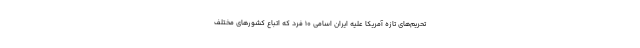
تحریم‌های تازه آمریکا علیه ایران اسامی ۱۰ فرد که اتباع کشورهای مختلف